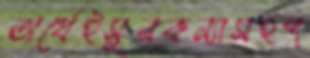
অর্ধেইসুরকন্যাসহপ্